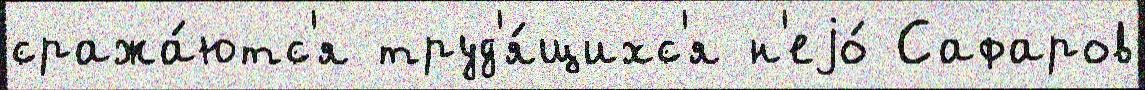
сража́ютс'я труд'я́щихс'я н'еjо́ Сафаров